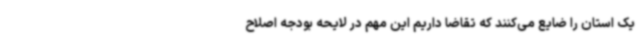
یک استان را ضایع می‌کنند که تقاضا داریم این مهم در لایحه بودجه اصلاح